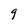
Character: g